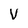
Character: V